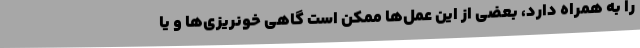
را به همراه دارد، بعضی از این عمل‌ها ممکن است گاهی خونریزی‌ها و یا